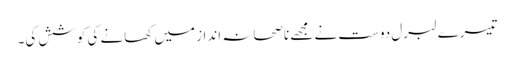
تیسرے لبرل دوست نے مجھے ناصحانہ انداز میں کھانے کی کوشش کی۔